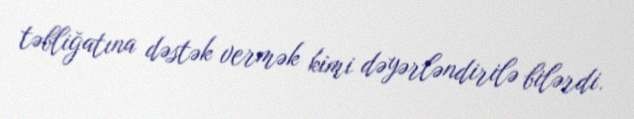
təbliğatına dəstək vermək kimi dəyərləndirilə bilərdi.